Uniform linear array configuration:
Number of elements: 48
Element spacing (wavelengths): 0.5
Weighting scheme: cosine
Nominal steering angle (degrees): -60
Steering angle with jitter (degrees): -59.017
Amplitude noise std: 0.05
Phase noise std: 0.05

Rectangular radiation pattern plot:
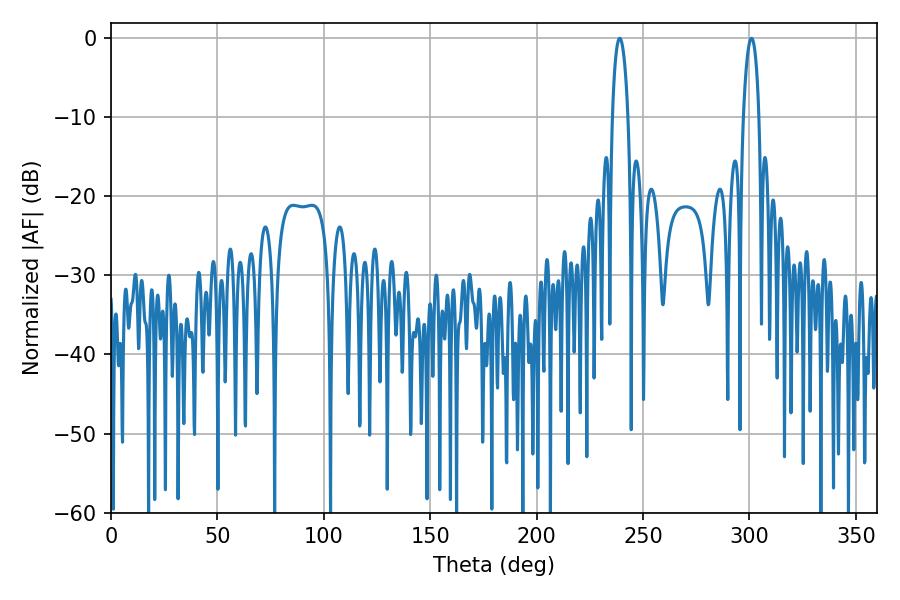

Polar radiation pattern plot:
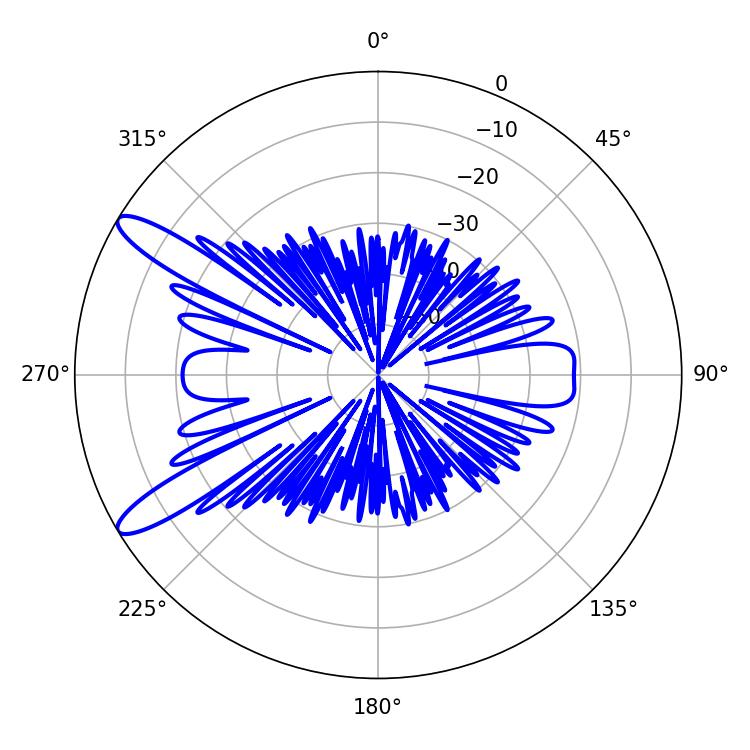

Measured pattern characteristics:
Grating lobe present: FALSE
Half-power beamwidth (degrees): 4.14
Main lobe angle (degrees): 300.96